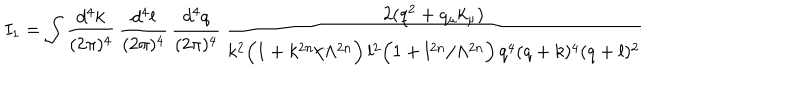
LaTeX: I _ { 1 } = \int \frac { d ^ { 4 } k } { ( 2 \pi ) ^ { 4 } } \, \frac { d ^ { 4 } l } { ( 2 \pi ) ^ { 4 } } \, \frac { d ^ { 4 } q } { ( 2 \pi ) ^ { 4 } } \, \frac { 2 ( q ^ { 2 } + q _ { \mu } k _ { \mu } ) } { k ^ { 2 } \Big ( 1 + k ^ { 2 n } / \Lambda ^ { 2 n } \Big ) \, l ^ { 2 } \Big ( 1 + l ^ { 2 n } / \Lambda ^ { 2 n } \Big ) \, q ^ { 4 } ( q + k ) ^ { 4 } ( q + l ) ^ { 2 } }